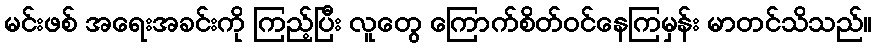
မင်းဖစ် အရေးအခင်းကို ကြည့်ပြီး လူတွေ ကြောက်စိတ်ဝင်နေကြမှန်း မာတင်သိသည်။